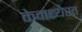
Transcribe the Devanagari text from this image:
केमध्यस्त